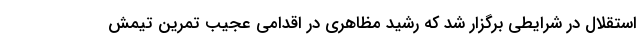
استقلال در شرایطی برگزار شد که رشید مظاهری در اقدامی عجیب تمرین تیمش